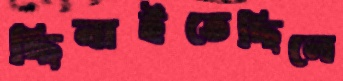
ছিনাইতেছিলে